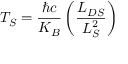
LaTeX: T _ { S } = \frac { \hbar c } { K _ { B } } \left( \frac { L _ { D S } } { L _ { S } ^ { 2 } } \right)